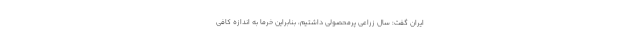
ایران گفت: سال زراعی پرمحصولی داشتیم، بنابراین خرما به اندازه کافی